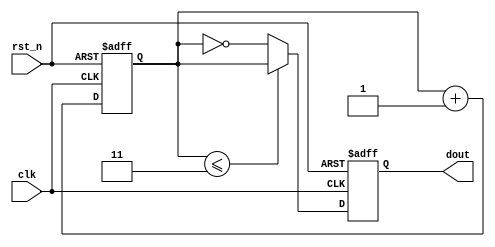
// Cycle count 0-1-2-3-3-2-1-0
// WangFW
// 2020-8-8
module hs1(clk,rst_n,dout);
	input clk;
	input rst_n;
	output reg [2:0] dout;

	reg [2:0] temp;

	always @(posedge clk or negedge rst_n)
		begin
			if(!rst_n)
				begin
					dout<=3'd0;
					temp<=3'd0;
				end
			else
				begin
					temp<=temp+1'b1;
					if(temp<=3'd3)
						dout<=temp;
					else
						dout<=~temp;
				end
		end
endmodule